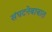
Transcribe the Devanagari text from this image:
संघटनेबाबात